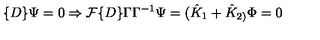
\{ D \} \Psi = 0 \Rightarrow { \cal F } \{ D \} \Gamma \Gamma ^ { - 1 } \Psi = ( \hat { K } _ { 1 } + \hat { K } _ { 2 ) } \Phi = 0